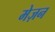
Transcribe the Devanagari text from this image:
मेज़न